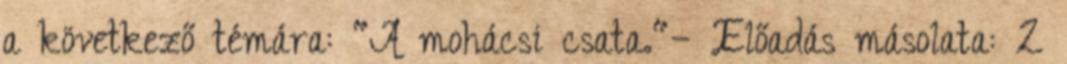
a következő témára: "A mohácsi csata."— Előadás másolata: 2